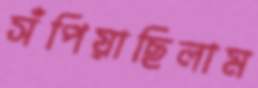
সঁপিয়াছিলাম